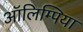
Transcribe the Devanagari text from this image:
ऑलिम्पिया